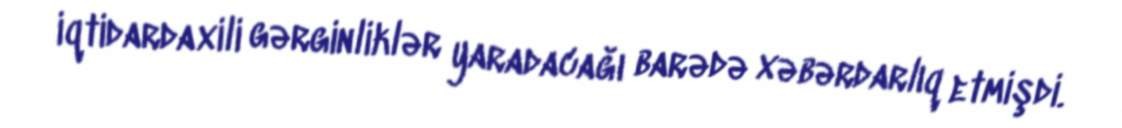
iqtidardaxili gərginliklər yaradacağı barədə xəbərdarlıq etmişdi.